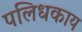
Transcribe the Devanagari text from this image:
पलिधकाय